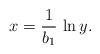
LaTeX: \begin{align*}x = \frac{1}{b_1} \, \ln y.\end{align*}